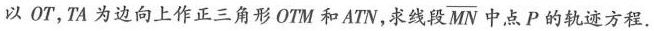
以OT，TA为边向上作正三角形OTM和ATN，求线段 $$\overline{MN}$$ 中点P的轨迹方程。